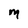
Character: M